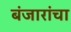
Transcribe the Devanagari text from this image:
बंजारांचा